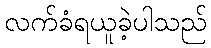
လက်ခံရယူခဲ့ပါသည်